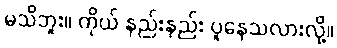
မသိဘူး။ ကိုယ် နည်းနည်း ပူနေသလားလို့။